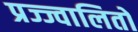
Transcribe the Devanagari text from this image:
प्रज्ज्वालितो